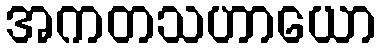
အကတသဟာယော